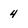
Character: 4